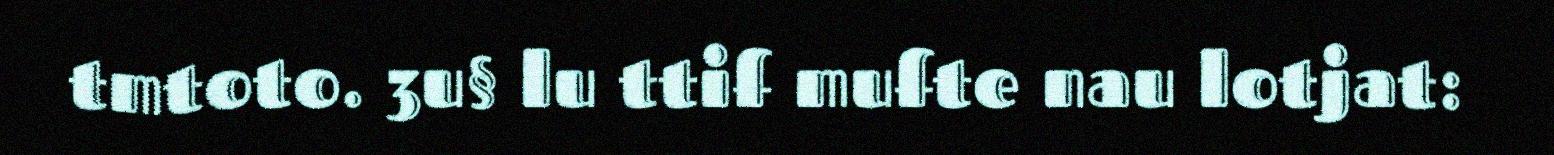
tmtoto. 3u§ lu ttif mufte nau lotjat: